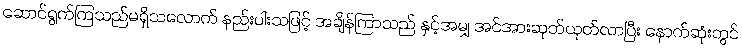
ဆောင်ရွက်ကြသည်မရှိသလောက် နည်းပါးသဖြင့် အချိန်ကြာသည် နှင့်အမျှ အင်အားဆုတ်ယုတ်လာပြီး နောက်ဆုံးတွင်